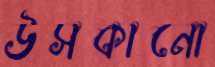
উসকানো